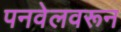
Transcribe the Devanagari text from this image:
पनवेलवरून